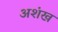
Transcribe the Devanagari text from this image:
अशंख